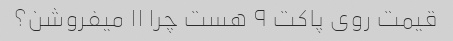
قیمت روی پاکت ۹ هست چرا ۱۱ میفروشن؟